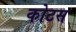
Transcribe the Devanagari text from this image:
कोटस